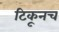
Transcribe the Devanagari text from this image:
टिकूनच